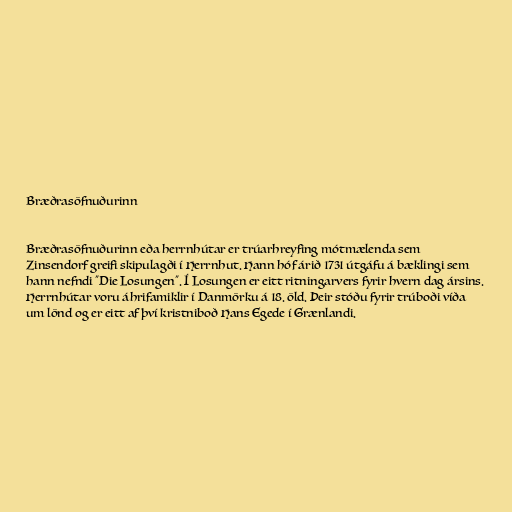
Bræðrasöfnuðurinn

Bræðrasöfnuðurinn eða herrnhútar er trúarhreyfing mótmælenda sem
Zinsendorf greifi skipulagði í Herrnhut. Hann hóf árið 1731 útgáfu á bæklingi sem
hann nefndi "Die Losungen". Í Losungen er eitt ritningarvers fyrir hvern dag ársins.
Herrnhútar voru áhrifamiklir í Danmörku á 18. öld. Þeir stóðu fyrir trúboði víða
um lönd og er eitt af því kristniboð Hans Egede í Grænlandi.